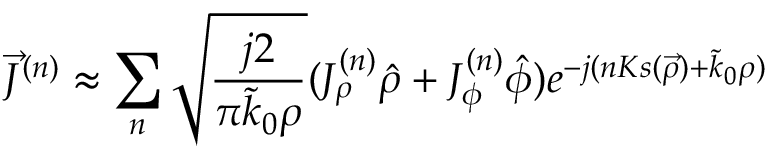
\vec { J } ^ { ( n ) } \approx \sum _ { n } \sqrt { \frac { j 2 } { \pi \tilde { k } _ { 0 } \rho } } ( J _ { \rho } ^ { ( n ) } \hat { \rho } + J _ { \phi } ^ { ( n ) } \hat { \phi } ) e ^ { - j ( n K s ( \vec { \rho } ) + \tilde { k } _ { 0 } \rho ) }